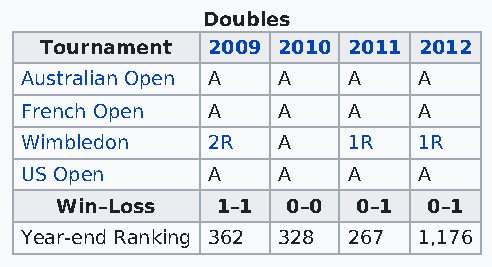
Doubles
 Tournament 2009 2010 2011 2012
 Australian Open A A   A    A
 French Open  A   A    A    A
 Wimbledon    2R  A    1R   1R
 US Open      A   A    A    A
 Win–Loss  1–1  0–0  0–1 0–1
 Year-end Ranking 362 328 267 1,176